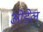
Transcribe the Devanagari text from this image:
ओडेल